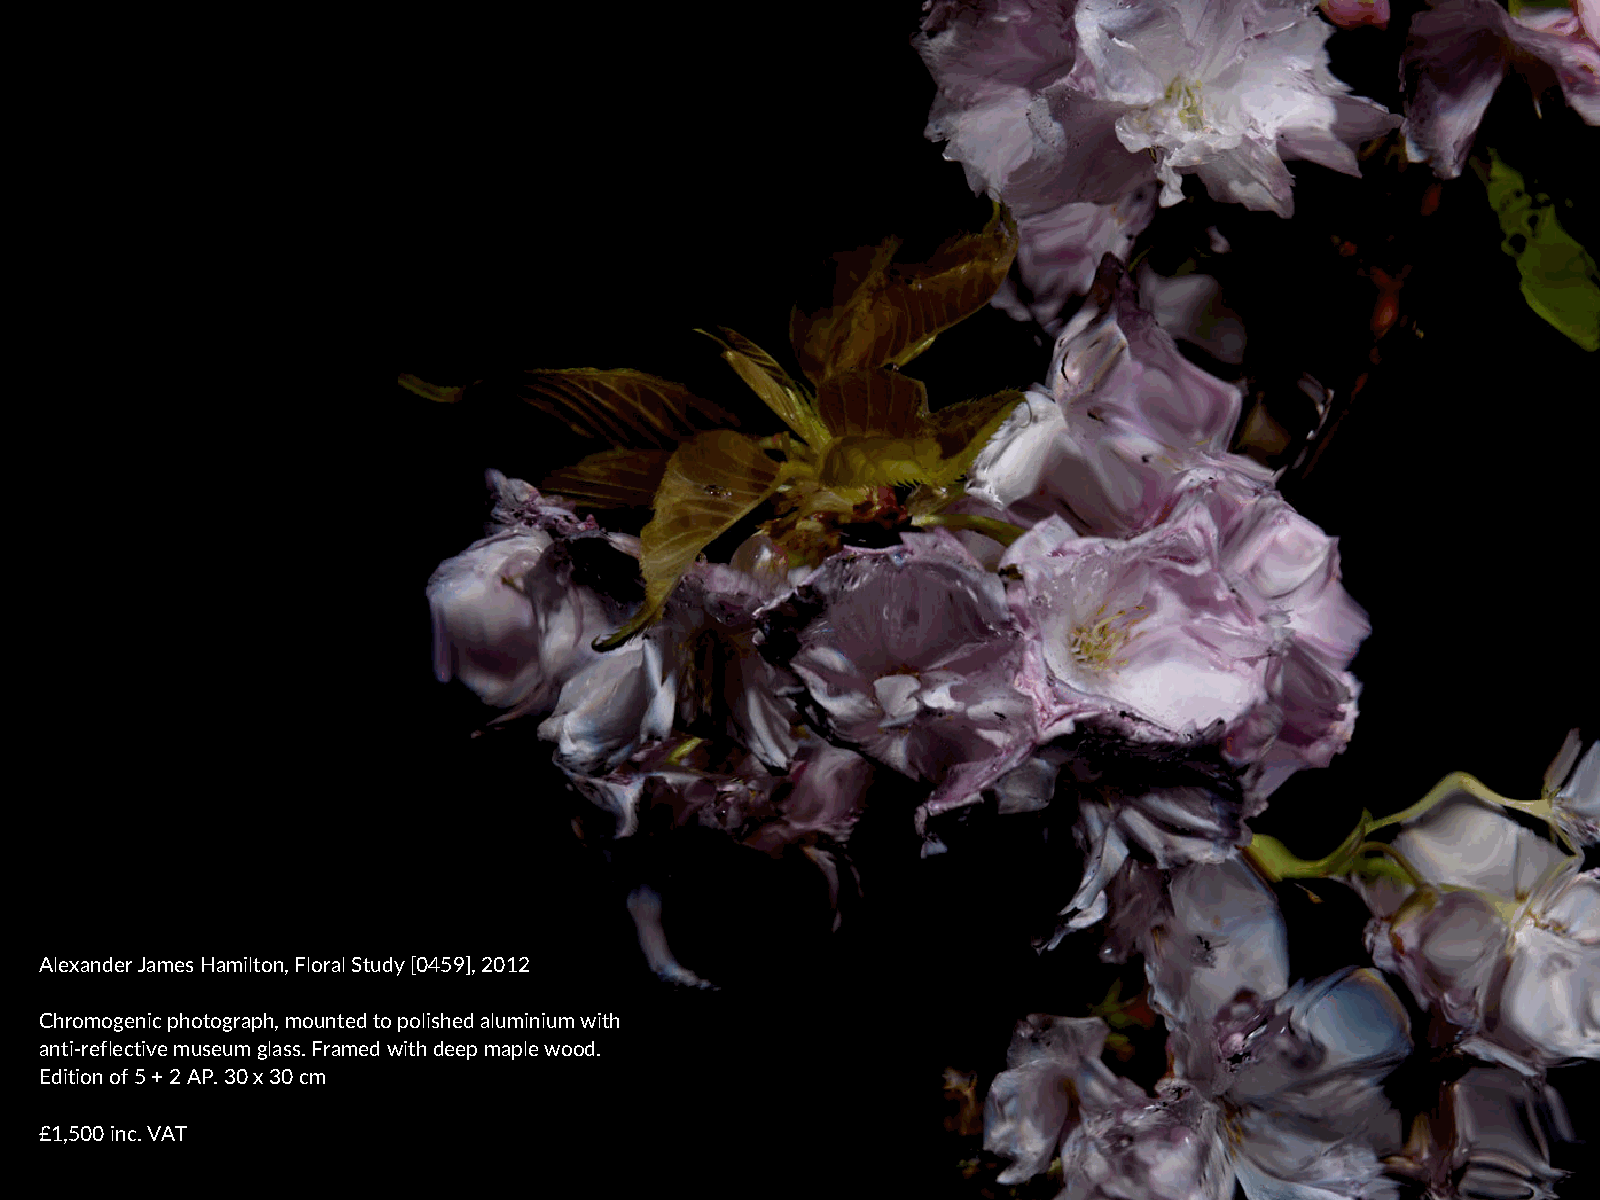
Alexander James Hamilton, Floral Study [0459], 2012
 Chromogenic photograph, mounted to polished aluminium with
 anti-reflective museum glass. Framed with deep maple wood.
 Edition of 5 + 2 AP. 30 x 30 cm
 £1,500 inc. VAT